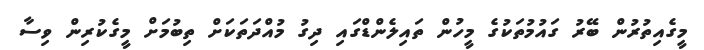
މީގެއިތުރުން ބޭރު ގައުމުތަކުގެ މީހުން ތައިލެންޑްގައި ދިގު މުއްދަތަކަށް ތިބުމަށް މީގެކުރިން ވިސާ